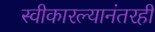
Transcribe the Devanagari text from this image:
स्वीकारल्यानंतरही